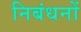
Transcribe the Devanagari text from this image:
निबंधनों